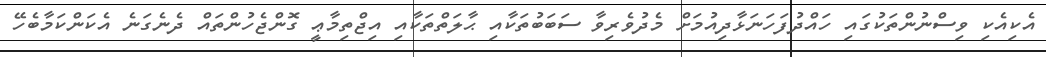
އެކިއެކި ވިސްނުންތަކުގައި ހައްދުފަހަނަޅާދިއުމަށް މެދުވެރިވާ ސަބަބުތަކާއި ޙާލަތްތަކާއި އިޖްތިމާޢީ ގޮންޖެހުންތައް ދެނެގަނެ އެކަންކަމާބެހޭ